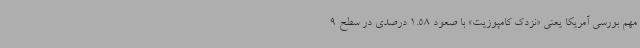
مهم بورسی آمریکا یعنی «نزدک کامپوزیت» با صعود 1.58 درصدی در سطح 9